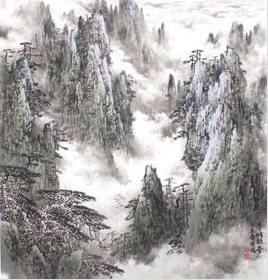
野竹分青霭，飞泉挂碧峰。